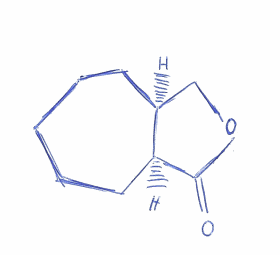
Simplified molecular-input line-entry system (SMILES) notation of the given molecule:
C1CC[C@H]2COC(=O)[C@H]2CC1